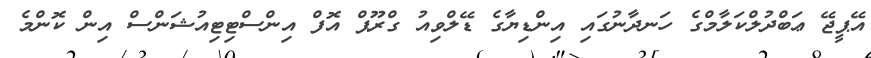
އޭޕީޖޭ ޢަބްދުލްކަލާމްގެ ހަނދާނުގައި އިންޑިޔާގެ ޑޭލްވިއު ގްރޫޕް އޮފް އިންސްޓިޓިއުޝަންސް އިން ކޮންމެ